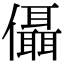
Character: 㒤